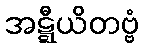
အဋ္ဋီယိတဗ္ဗံ